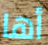
أها